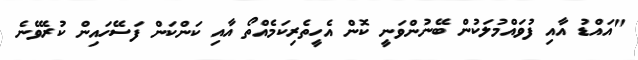
"އައްޑު އާއި ފުވައްމުލަކުން ބޭނުންވަނީ ކޮން އެހީތެރިކަމެއްތޯ އާއި ކަންކަން ފަސޭހައިން ކުރެވޭނެ